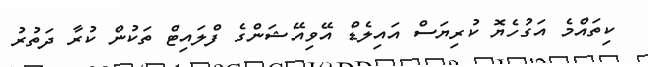
ކިތައްމެ އަގުހެޔޮ ކުރިޔަސް އައިލެޑް އޭވިއޭޝަންގެ ފްލައިޓް ތަކުން ކުރާ ދަތުރު